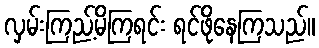
လှမ်းကြည့်မိကြရင်း ရင်ဖိုနေကြသည်။